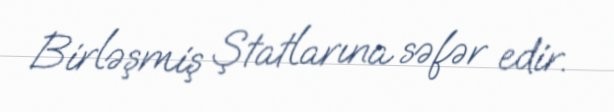
Birləşmiş Ştatlarına səfər edir.